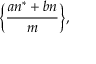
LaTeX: { \biggl \{ } { \frac { a n ^ { * } + b n } { m } } { \biggr \} } ,